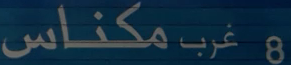
8 غرب مكناس